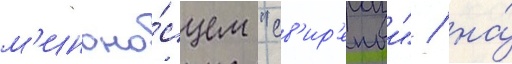
м'иноно́сцем "св'ир'епыи" / на́